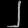
Digit: ၂